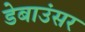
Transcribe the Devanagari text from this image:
डेबाउंसर